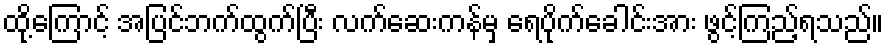
ထို့ကြောင့် အပြင်ဘက်ထွက်ပြီး လက်ဆေးကန်မှ ရေပိုက်ခေါင်းအား ဖွင့်ကြည့်ရသည်။